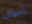
بأموال